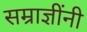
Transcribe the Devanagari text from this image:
सम्राज्ञींनी